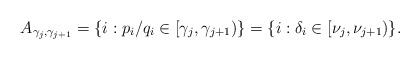
\begin{align*}A_{\gamma_j,\gamma_{j+1}} = \{i : p_i/q_i \in [\gamma_j, \gamma_{j+1})\} = \{i : \delta_i \in [\nu_j, \nu_{j+1})\}.\end{align*}